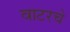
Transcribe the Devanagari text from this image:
वाटरचे